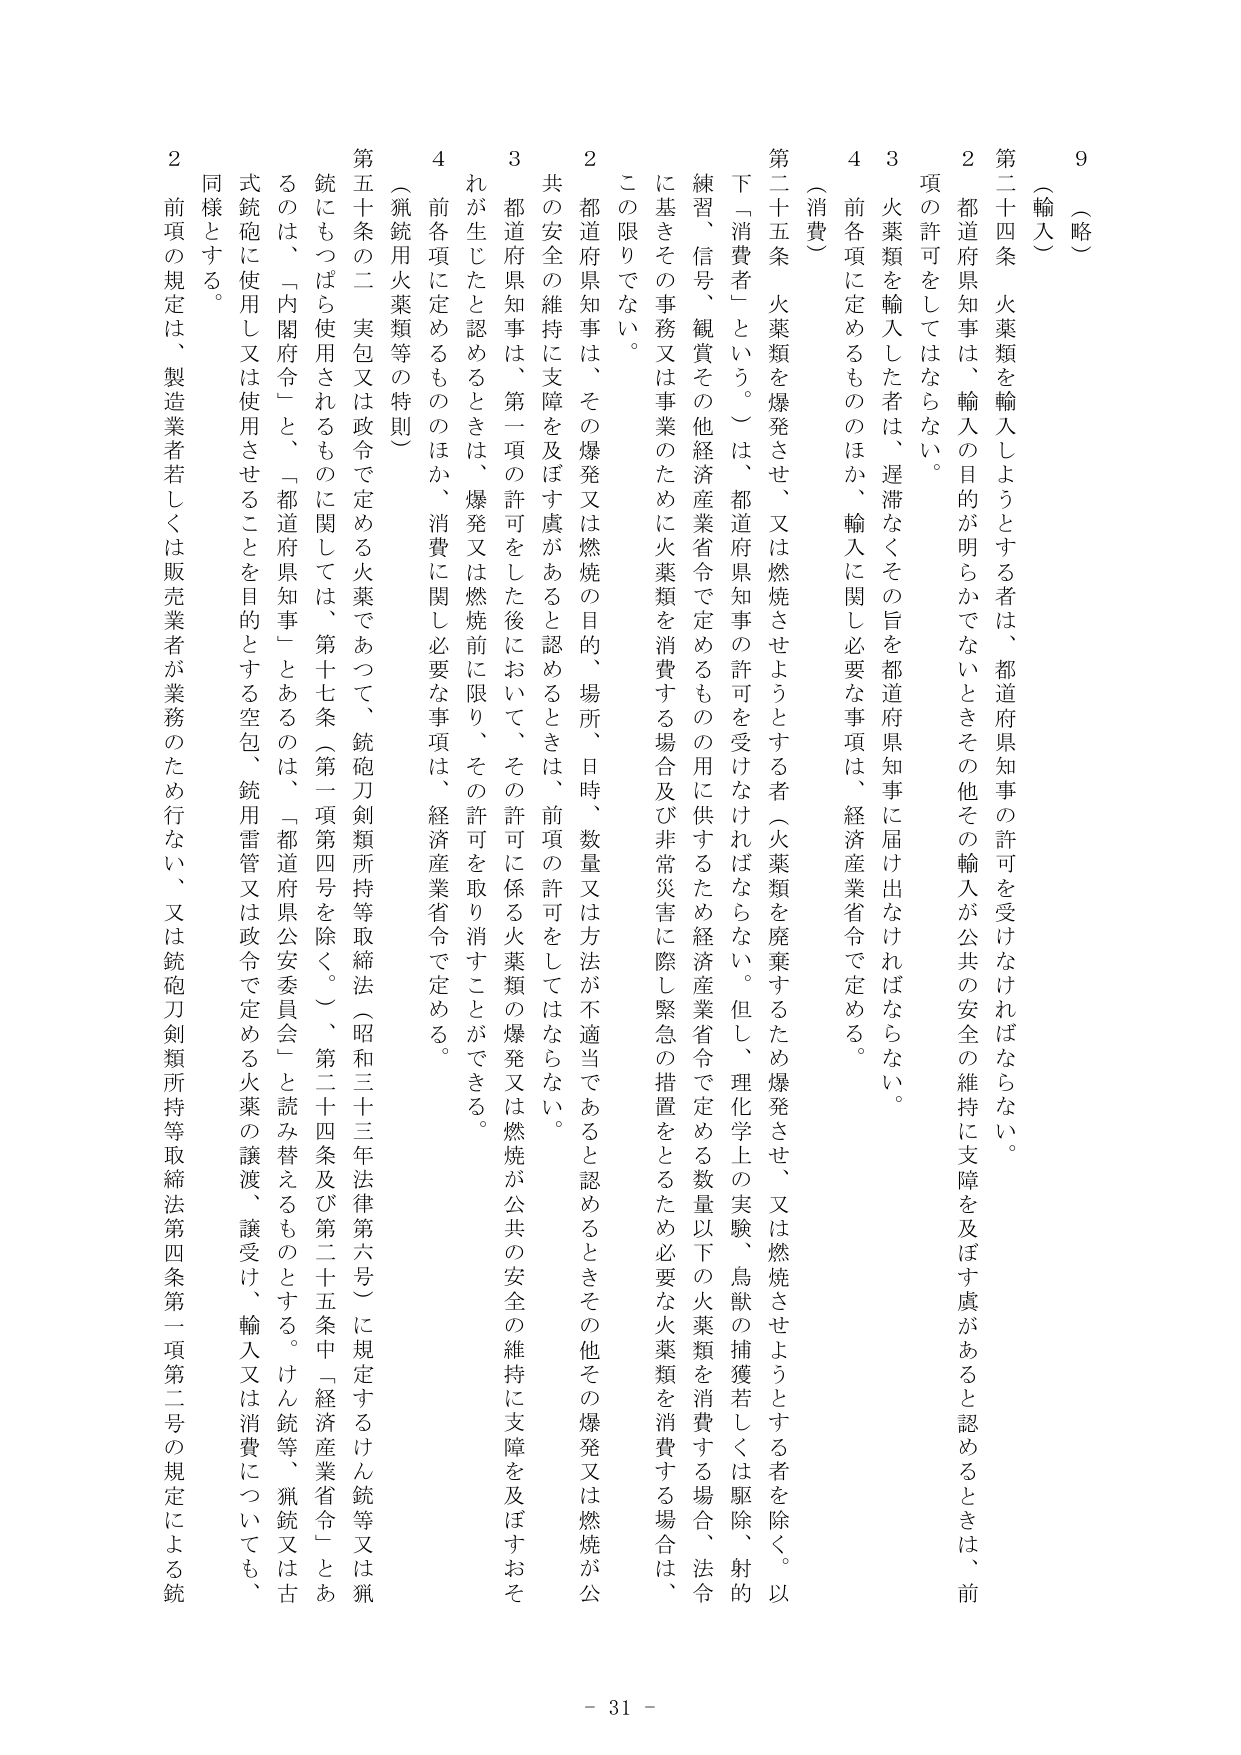
（略）
9
（輸入）
第二十四条 火薬類を輸入しようとする者は、都道府県知事の許可を受けなければならない。
２ 都道府県知事は、輸入の目的が明らかでないときその他その輸入が公共の安全の維持に支障を及ぼす虞があると認めるときは、前項の許可をしてはならない。
３ 火薬類を輸入した者は、遅滞なくその旨を都道府県知事に届け出なければならない。
４ 前各項に定めるもののほか、輸入に関し必要な事項は、経済産業省令で定める。
（消費）
第二十五条 火薬類を爆発させ、又は燃焼させようとする者（火薬類を廃棄するため爆発させ、又は燃焼させようとする者を除く。以下「消費者」という。）は、都道府県知事の許可を受けなければならない。但し、理化学上の実験、鳥獣の捕獲若しくは駆除、射的練習、信号、観賞その他経済産業省令で定めるものの用に供するため経済産業省令で定める数量以下の火薬類を消費する場合、法令に基きその事務又は事業のために火薬類を消費する場合及び非常災害に際し緊急の措置をとるため必要な火薬類を消費する場合は、この限りでない。
２ 都道府県知事は、その爆発又は燃焼の目的、場所、日時、数量又は方法が不適当であると認めるときその他その爆発又は燃焼が公共の安全の維持に支障を及ぼす虞があると認めるときは、前項の許可をしてはならない。
３ 都道府県知事は、第一項の許可をした後において、その許可に係る火薬類の爆発又は燃焼が公共の安全の維持に支障を及ぼすおそれが生じたと認めるときは、爆発又は燃焼前に限り、その許可を取り消すことができる。
４ 前各項に定めるもののほか、消費に関し必要な事項は、経済産業省令で定める。
（猟銃用火薬類等の特則）
第五十条の二 実包又は政令で定める火薬であって、銃砲刀剣類所持等取締法（昭和三十三年法律第六号）に規定するけん銃等又は猟銃にもつぼら使用されるものに関しては、第十七条（第一項第四号を除く。）、第二十四条及び第二十五条中「経済産業省令」とあるのは、「都道府県公安委員会」と読み替えるものとする。けん銃等、猟銃又は古式銃砲に使用し又は使用させることを目的とする空包、銃用雷管又は政令で定める火薬の譲渡、譲受け、輸入又は消費についても、同様とする。
２ 前項の規定は、製造業者若しくは販売業者が業務のため行ない、又は銃砲刀剣類所持等取締法第四条第一項第二号の規定による銃
- 31 -